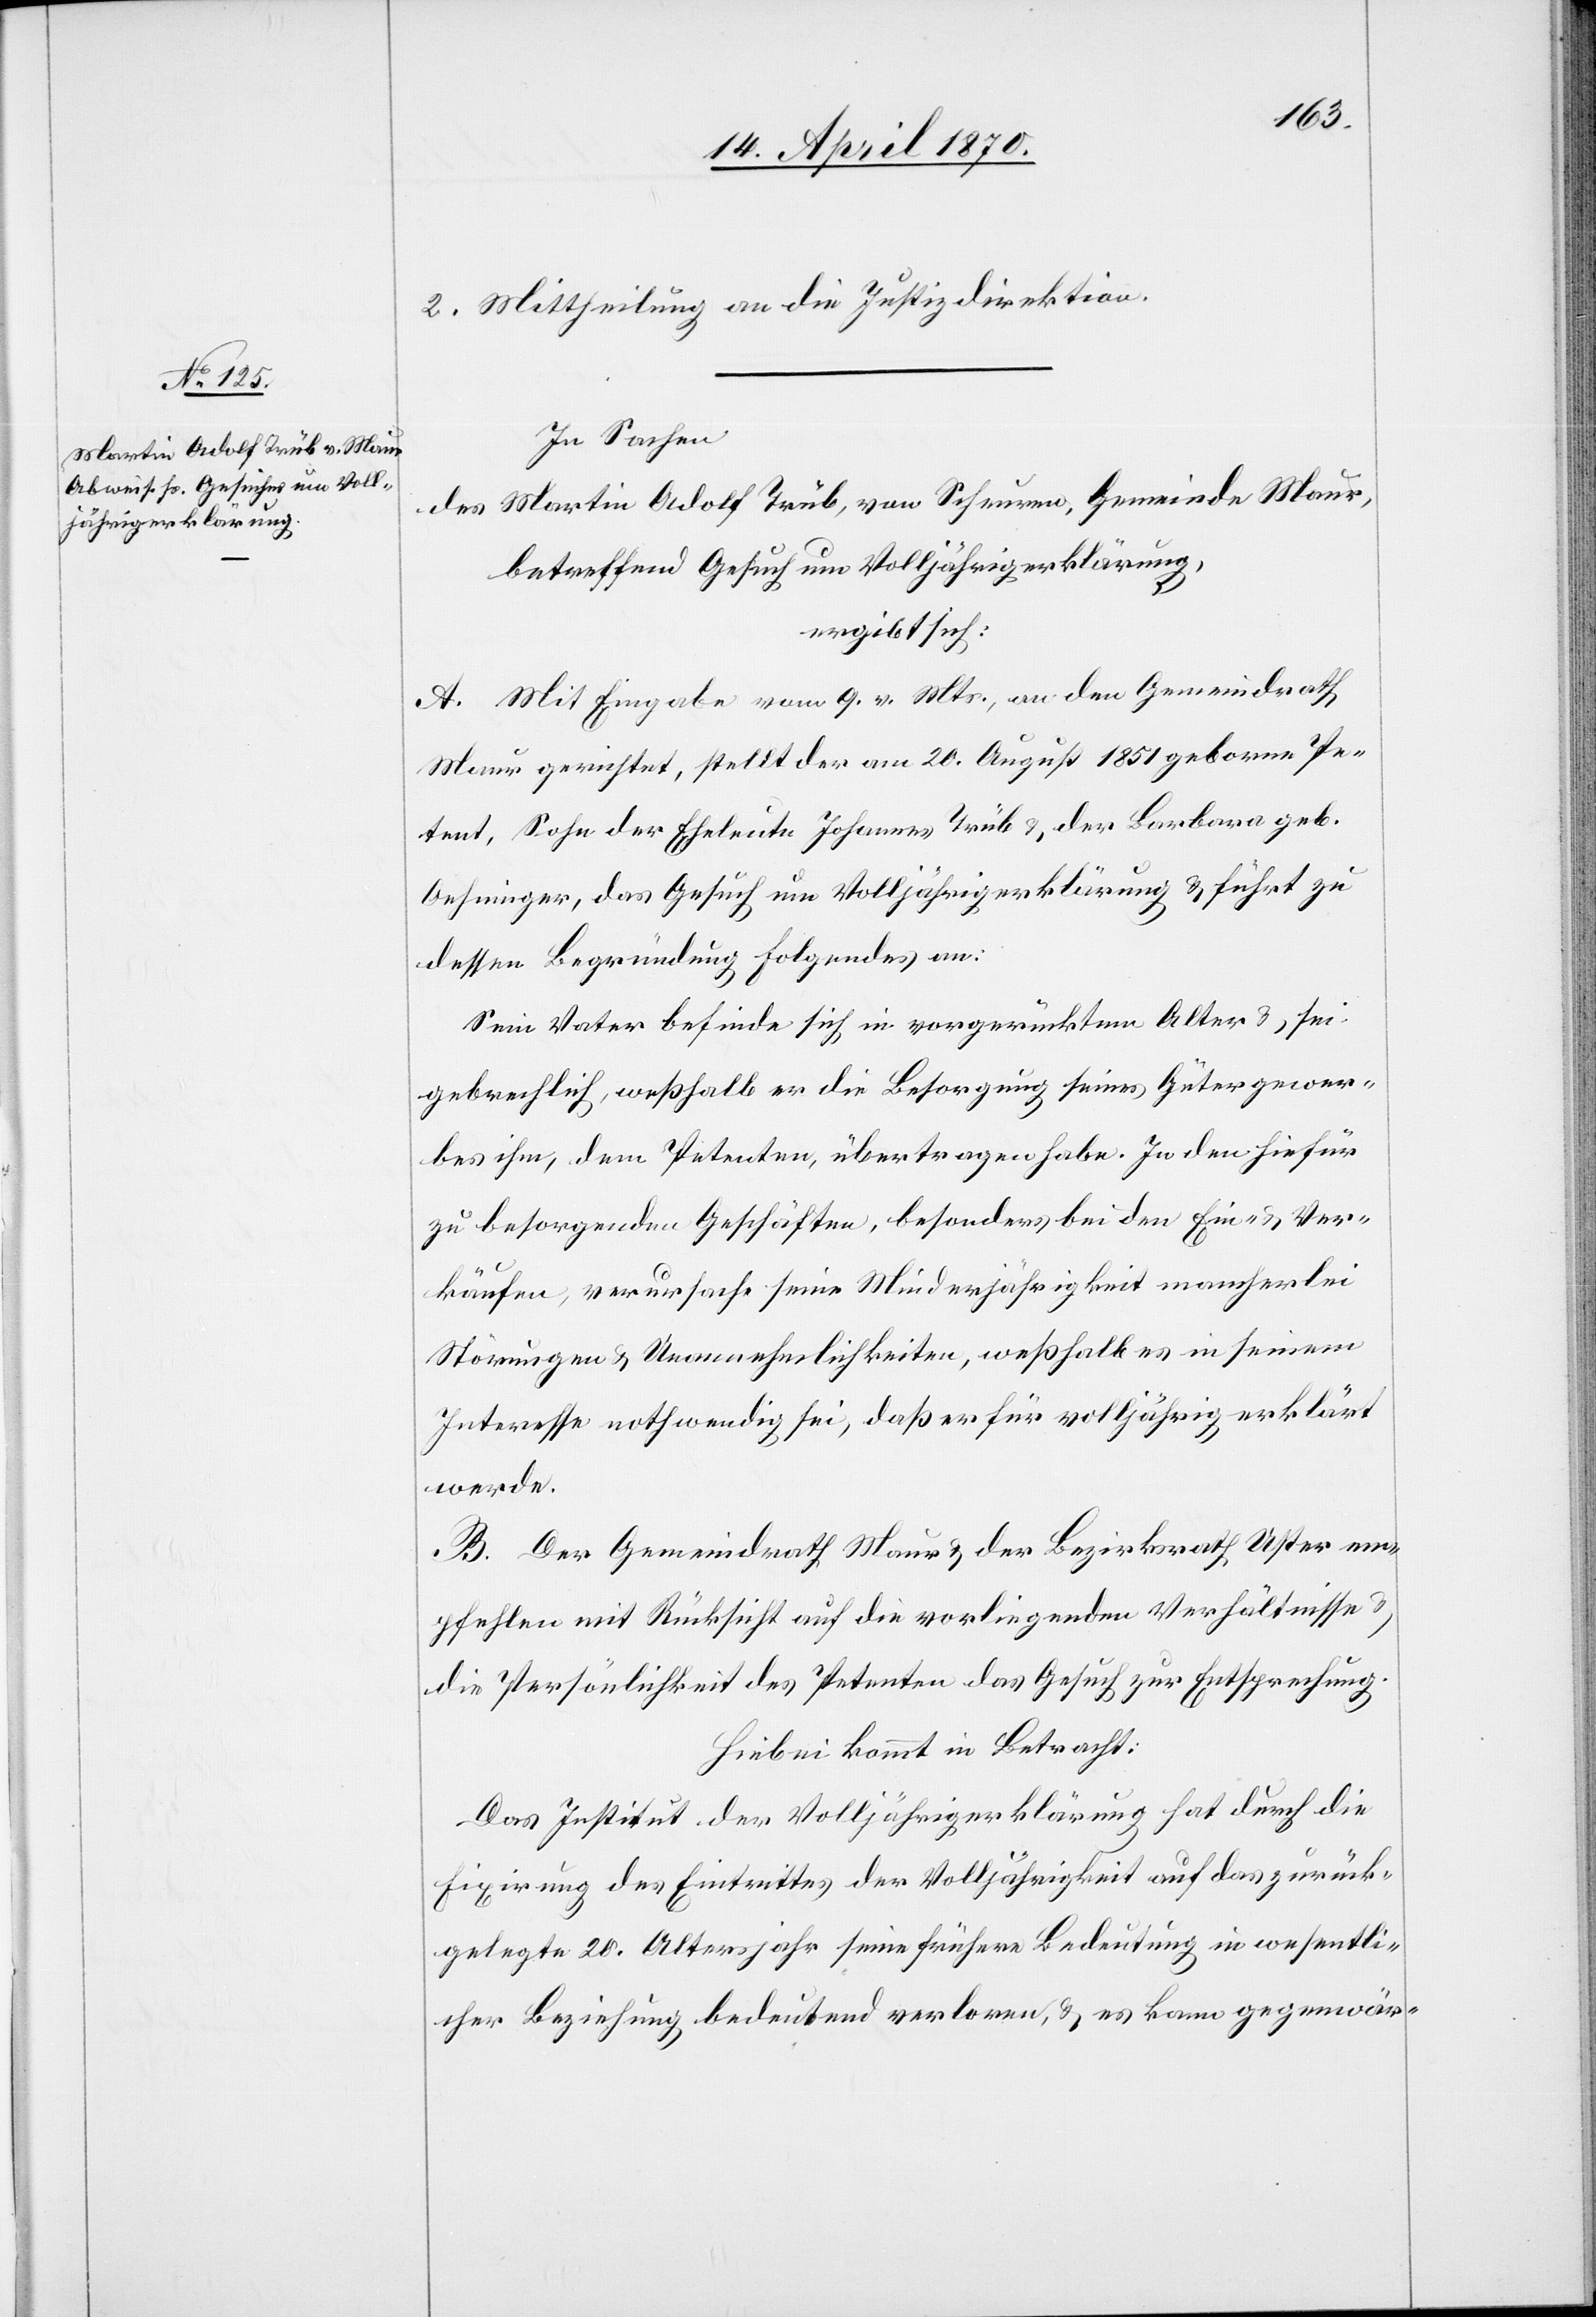
2. Mittheilung an die Justizdirektion.
In Sachen
des Martin Adolf Trüb, von Scheuren, Gemeinde Maur,
betreffend Gesuch um Volljährigerklärung,
ergibt sich:
A. Mit Eingabe vom 9. v. Mts, an den Gemeindrath
Maur gerichtet, stellt der am 20. August 1851 geborne Pe¬
tent, Sohn der Eheleute Johannes Trüb & der Barbara geb.
Oehninger, das Gesuch um Volljährigerklärung & führt zu
dessen Begründung Folgendes an:
Sein Vater befinde sich in vorgerücktem Alter & sei
gebrechlich, weßhalb er die Besorgung seines Gütergewer¬
bes ihm, dem Petenten, übertragen habe. In den hiefür
zu besorgenden Geschäften, besonders bei den Ein- & Ver¬
käufen, verursache seine Minderjährigkeit mancherlei
Störungen & Unannehmlichkeiten, weßhalb es in seinem
Interesse nothwendig sei, daß er für volljährig erklärt
werde.
B. Der Gemeindrath Maur & der Bezirksrath Uster em¬
pfehlen mit Rücksicht auf die vorliegenden Verhältnisse &
die Persönlichkeit des Petenten das Gesuch zur Entsprechung.
Hiebei kommt in Betracht:
Das Institut der Volljährigerklärung hat durch die
Fixirung des Eintrittes der Volljährigkeit auf das zurück¬
gelegte 20. Altersjahr seine frühere Bedeutung in wesentli¬
cher Beziehung bedeutend verloren, & es kann gegenwär-